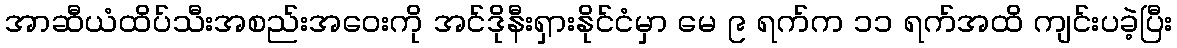
အာဆီယံထိပ်သီးအစည်းအဝေးကို အင်ဒိုနီးရှားနိုင်ငံမှာ မေ ၉ ရက်က ၁၁ ရက်အထိ ကျင်းပခဲ့ပြီး